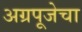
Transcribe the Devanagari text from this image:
अग्रपूजेचा